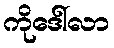
ကိုဒေါ်လာ